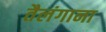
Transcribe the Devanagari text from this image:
तैलंगाना